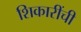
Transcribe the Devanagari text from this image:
शिकारींची